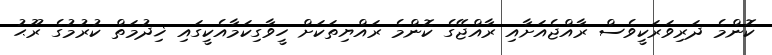
ކޮންމެ ދަރިވަރަކީވެސް ރާއްޖެއަށާއި ރާއްޖޭގެ ކޮންމެ ރައްޔިތަކަށް ހީވާގިކަމާއެކީގައި ޚިދުމަތް ކުރުމުގެ ރޫޙު